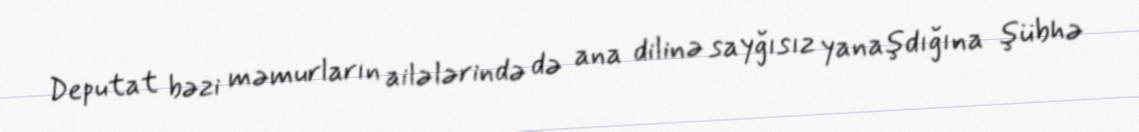
Deputat bəzi məmurların ailələrində də ana dilinə sayğısız yanaşdığına şübhə